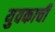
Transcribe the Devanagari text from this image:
युवकाची